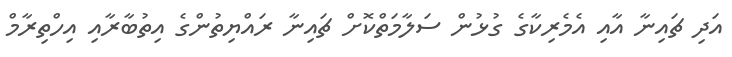
އަދި ޗައިނާ އާއި އެމެރިކާގެ ގުޅުން ސަލާމަތްކޮށް ޗައިނާ ރައްޔިތުންގެ އިތުބާރާއި އިހްތިރާމް